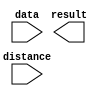
module lpm_shift_to_right (
	data,
	distance,
	result);

	input	[31:0]  data;
	input	[4:0]  distance;
	output	[31:0]  result;

endmodule